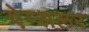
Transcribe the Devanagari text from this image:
ऐम्सलर